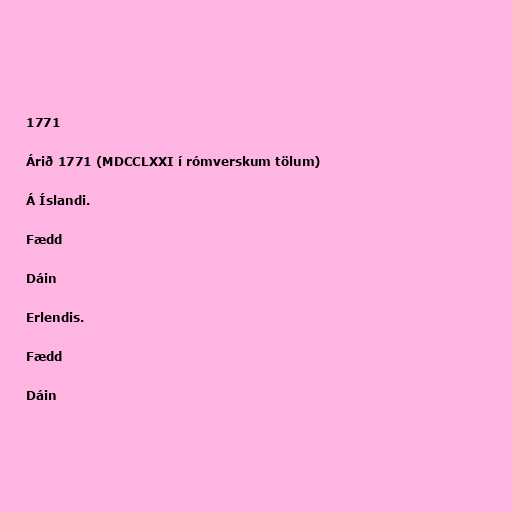
1771

Árið 1771 (MDCCLXXI í rómverskum tölum)

Á Íslandi.

Fædd

Dáin

Erlendis.

Fædd

Dáin